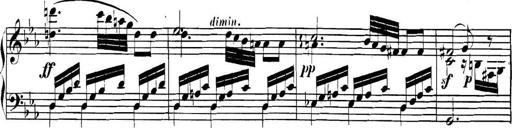
Title: Collected Piano Sonatas
Composer: Muzio Clementi